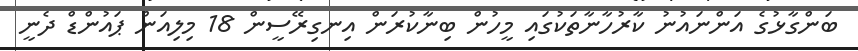
ބަންގާޅުގެ އަންނައުނު ކާރުހާނާތަކުގައި މީހުން ބިނާކުރަން އިނގިރޭސީން 18 މިލިއަން ޕައުންޑް ދެނީ